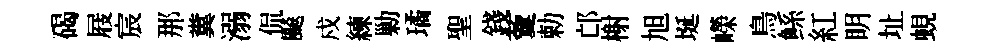
碣屐宸那糞溺侃飇戍練勦璚聖錢藑勅邙榭旭埏嶸鳥鲧紅眀址蜆